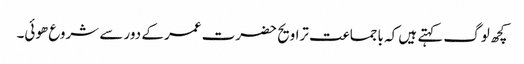
کچھ لوگ کہتے ہیں کہ باجماعت تراویح حضرت عمر کے دور سے شروع ھوئی۔